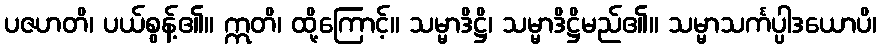
ပဇဟတိ၊ ပယ်စွန့်၏။ ဣတိ၊ ထို့ကြောင့်။ သမ္မာဒိဋ္ဌိ၊ သမ္မာဒိဋ္ဌိမည်၏။ သမ္မာသင်္ကပ္ပါဒယောပိ၊